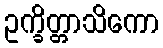
ဥက္ခိတ္တာသိကော